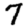
Digit: 7